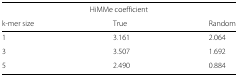
<table><thead><tr><td colspan="3"><b>HiMMe coefficient</b></td></tr><tr><td><b>k-mer size</b></td><td><b>True</b></td><td><b>Random</b></td></tr></thead><tbody><tr><td>1</td><td>3.161</td><td>2.064</td></tr><tr><td>3</td><td>3.507</td><td>1.692</td></tr><tr><td>5</td><td>2.490</td><td>0.884</td></tr></tbody></table>